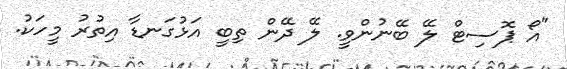
"އޯ ޕޮސިޓް ލޭ ބޭނުންވީ. ލޭ ދޭން ތިބީ އަޅުގަނޑާ އިތުރު މީހަކު.